Annual administration and progress report of the Indian Medical Department, Bombay
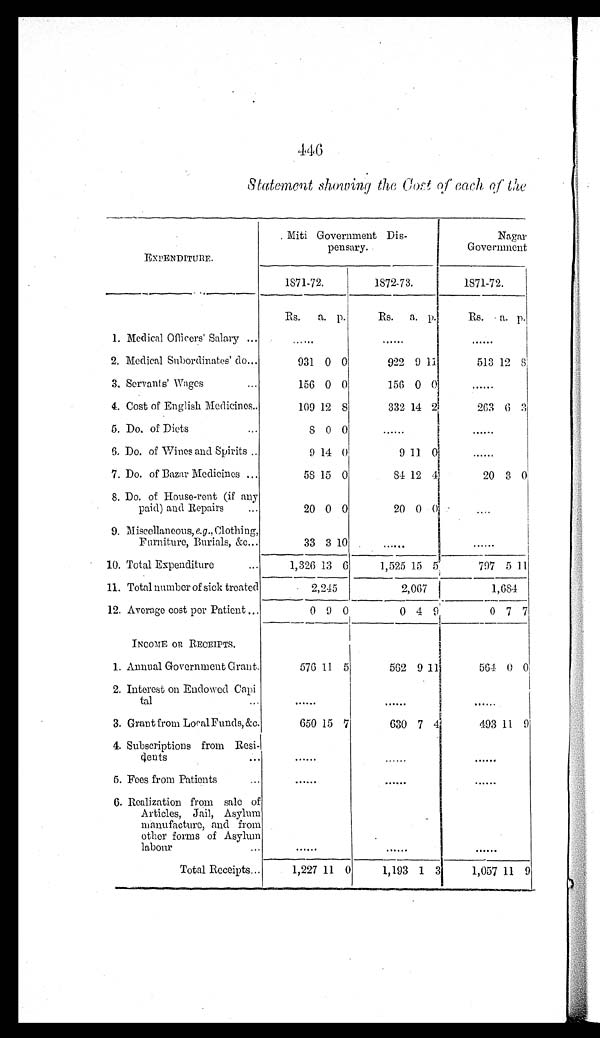
446
Statement showing the Cost of each the
EXPENDITURE.
Miti Government Di
s-
pensary.
Nagar
Government
1871-72.
1872-73.
1871-72.
Rs.
a. p.
Rs.
a.
p .
Rs.
a. p.
1. Medical Officers' Salary . . .
. . .
. . .
. . .
2. Medical Subordinates' do . . .
931 0 0
922 9
1 1
513 12 8
3. Servants' Wages . . .
156 0 0
156 0
0
. . .
4. Cost of English Medicines . . .
109 12
8
332 14 2 263
6 3
5. Do. of Diets . . .
8 0 0
. . .
. . .
6. Do. of Wines and Spirits . . .
9 14 0
9 11
0
. . .
7. Do. of Bazar Medicines . . .
58 15 0
84 12
4
20 3 0
8. Do. of House-rent (if any
paid) and Repairs . . .
20 0 0
20 0
0
. . .
9. Miscellaneous, e.g. , Clothing,
Furniture, Burials, &c. . . .
33 3 10
. . .
. . .
10. Total Expenditure . . .
1,326 13 6
1,525 15
5
797 5 1 1
11. Total number of sick treated
2,245
2,067
1,684
12. Average cost per Patient . . .
0 9 0
0 4 9
0
7 7
INCOME OR RECEIPTS.
1. Annual Government Grant.
576 11 5
562 9
1 1
564 0 0
2. Interest on Endowed Ca
pi-
tal . . .
. . .
. . .
. . .
3. Grant from Local Funds, &c.
650 15 7
630 7
4
493 11 9
4. Subscriptions from Resi-
dents . . .
. . .
. . .
. . .
5. Fees from Patients . . .
. . .
. . .
. . .
6. Realization from sale of
Articles, Jail, Asylum
manufacture, and from
other forms of Asylum
labour . . .
. . .
. . .
. . .
Total Receipts . . .
1,227 11 0
1,193 1 3
1,057 11 9